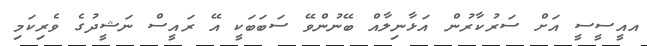
އއީސީސީ އަށް ސަރުކާރުން އަޅާނިލާއް ބޭނުންވޭ ސަބަބަކީ އޭ ރައީސް ނަޝީދުގެ ވެރިކަމި